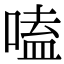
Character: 嗑